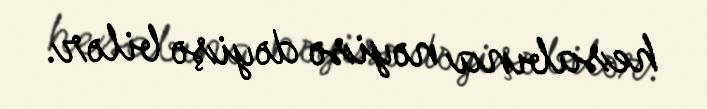
hesabına nəyisə dəyişə bilər.